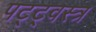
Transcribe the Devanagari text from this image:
पट्ट्वस्त्र